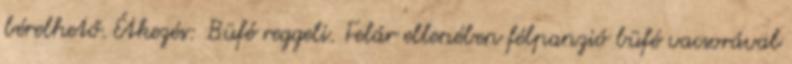
bérelhető. Étkezés: Büfé reggeli. Felár ellenében félpanzió büfé vacsorával